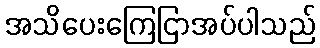
အသိပေးကြေငြာအပ်ပါသည်